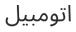
اتومبيل